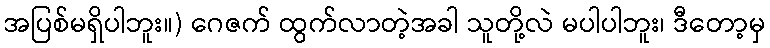
အပြစ်မရှိပါဘူး။) ဂေဇက် ထွက်လာတဲ့အခါ သူတို့လဲ မပါပါဘူး၊ ဒီတော့မှ